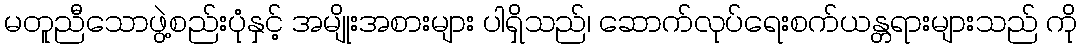
မတူညီသောဖွဲ့စည်းပုံနှင့် အမျိုးအစားများ ပါရှိသည်၊ ဆောက်လုပ်ရေးစက်ယန္တရားများသည် ကို